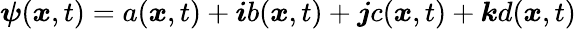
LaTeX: \boldsymbol{\psi}(\boldsymbol{x},t)=a(\boldsymbol{x},t)+\boldsymbol{i}b(\boldsymbol{x},t)+\boldsymbol{j}c(\boldsymbol{x},t)+\boldsymbol{k}d(\boldsymbol{x},t)